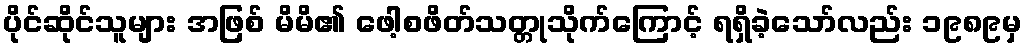
ပိုင်ဆိုင်သူများ အဖြစ် မိမိ၏ ဖေါ့စဖိတ်သတ္တုသိုက်ကြောင့် ရရှိခဲ့သော်လည်း ၁၉၈၉မှ